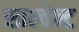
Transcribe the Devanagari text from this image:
साल्वेन्ट